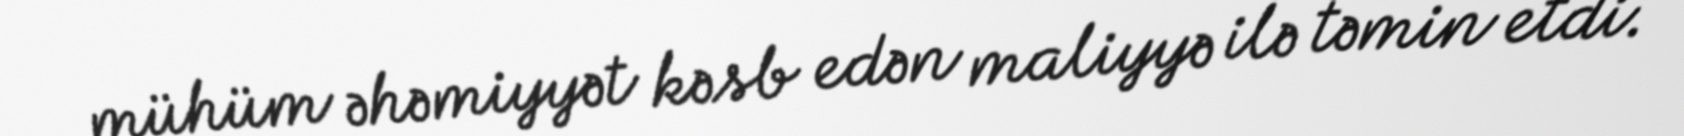
mühüm əhəmiyyət kəsb edən maliyyə ilə təmin etdi.